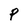
Character: P